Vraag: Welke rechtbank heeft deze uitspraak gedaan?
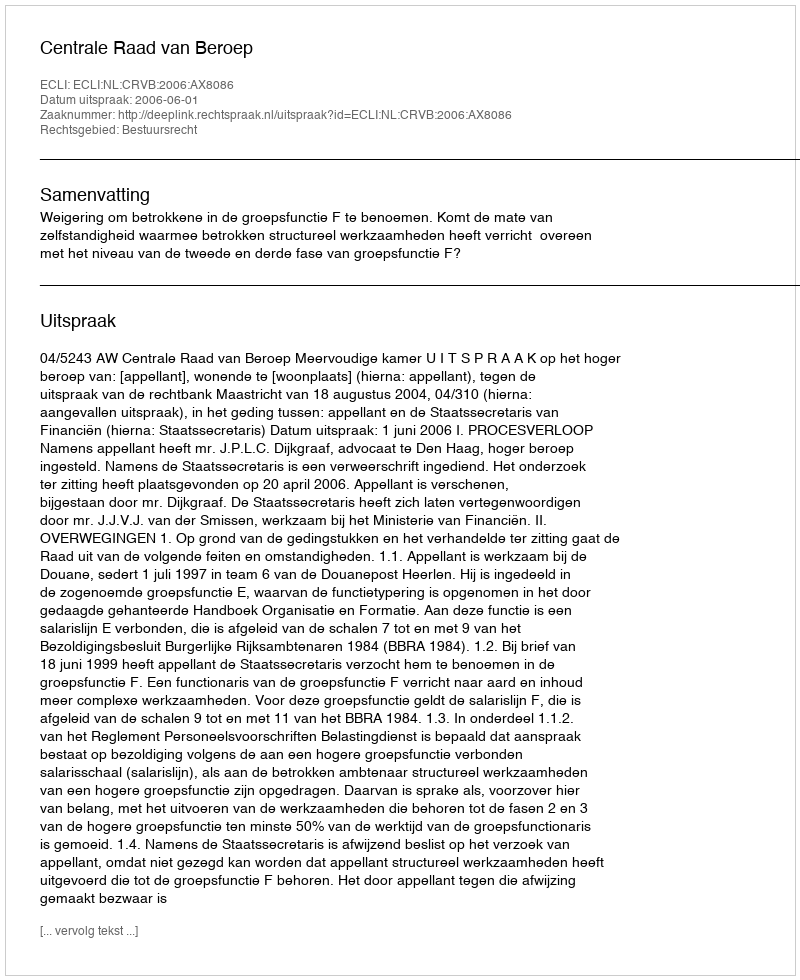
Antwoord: Centrale Raad van Beroep